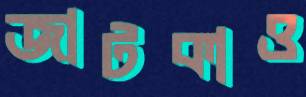
জাটকাও